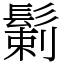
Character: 鬎